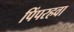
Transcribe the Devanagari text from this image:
पिंपरहवा